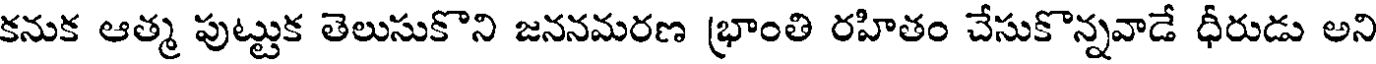
కనుక ఆత్మ పుట్టుక తెలుసుకొని జననమరణ భ్రాంతి రహితం చేసుకొన్నవాడే ధీరుడు అని